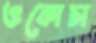
ওকোচা